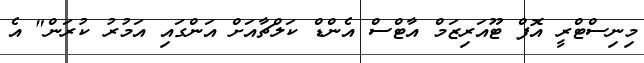
މިނިސްޓްރީ އޮފް ޓޫއަރިޒަމް އާޓްސް އެންޑް ކަލްޗާއަށް އަންގައި އަމުރު ކުރަން" އެ